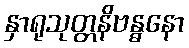
နှာရုသုတ္တနိဗန္ဓနော